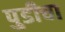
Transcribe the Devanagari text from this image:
पुडीचा